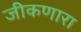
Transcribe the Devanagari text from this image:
जीकणारा